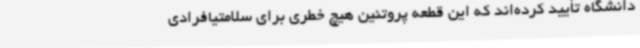
دانشگاه تأیید کرده‌اند که این قطعه پروتئین هیچ خطری برای سلامتیافرادی